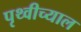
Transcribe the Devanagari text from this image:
पृथ्वीच्याल